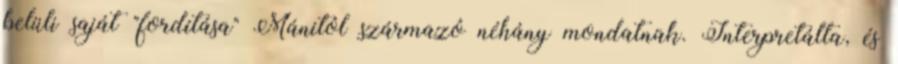
belüli saját "fordítása" Mánitól származó néhány mondatnak. Interpretálta, és